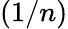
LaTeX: (1/n)